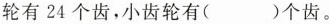
轮有24个齿，小齿轮有（）个齿。